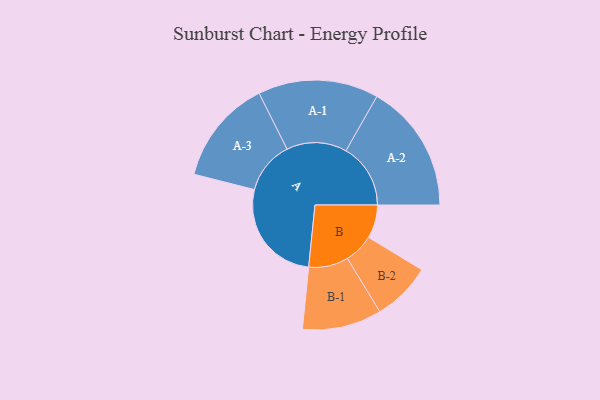
{"axis": {"x": "Segment", "y": "Value"}, "legend": ["", "A", "B"], "data": [{"x": "A", "y": 483, "type": ""}, {"x": "B", "y": 153, "type": ""}, {"x": "A-1", "y": 276, "type": "A"}, {"x": "A-2", "y": 296, "type": "A"}, {"x": "A-3", "y": 241, "type": "A"}, {"x": "B-1", "y": 182, "type": "B"}, {"x": "B-2", "y": 135, "type": "B"}]}